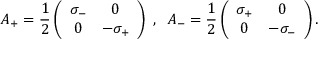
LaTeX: A _ { + } = \frac { 1 } { 2 } \left( \begin{array} { c c } { { \sigma _ { - } } } & { { 0 } } \\ { { 0 } } & { { - \sigma _ { + } } } \end{array} \right) \; , \; \; A _ { - } = \frac { 1 } { 2 } \left( \begin{array} { c c } { { \sigma _ { + } } } & { { 0 } } \\ { { 0 } } & { { - \sigma _ { - } } } \end{array} \right) .